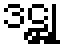
ဒဋ္ဌု